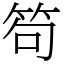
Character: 笱